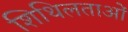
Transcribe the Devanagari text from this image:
शिथिलताओं